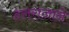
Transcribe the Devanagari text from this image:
हलराजाने